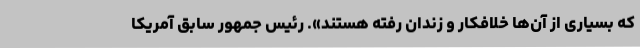
که بسیاری از آن‌ها خلافکار و زندان رفته هستند». رئیس جمهور سابق آمریکا